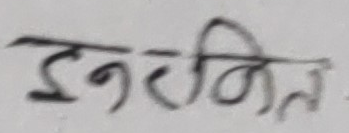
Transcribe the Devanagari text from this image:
इञ्जिनियर